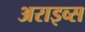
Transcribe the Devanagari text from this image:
अराइव्स